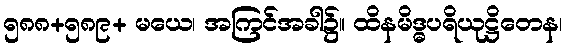
၅၈၈+၅၈၉+ မယေ၊ အကြင်အခါ၌။ ထိနမိဒ္ဓပရိယုဋ္ဌိတေန၊